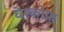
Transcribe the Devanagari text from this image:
वेस्कोफ़